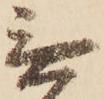
無